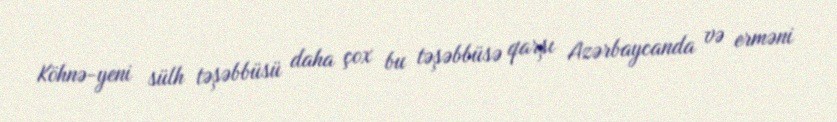
Köhnə-yeni sülh təşəbbüsü daha çox bu təşəbbüsə qarşı Azərbaycanda və erməni